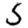
Digit: 5